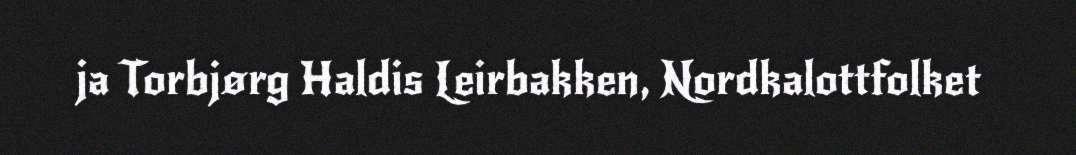
ja Torbjørg Haldis Leirbakken, Nordkalottfolket